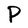
Character: P